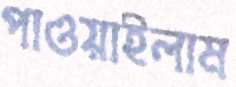
পাওয়াইলাম